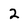
Character: 2